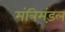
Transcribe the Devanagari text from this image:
मंत्रिमंड़ल